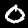
Label: 0